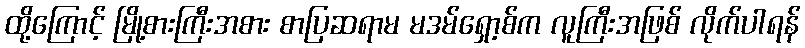
ထို့ကြောင့် မြို့စားကြီးအစား စာပြဆရာမ မဒမ်ရှော့စ်က လူကြီးအဖြစ် လိုက်ပါရန်